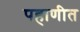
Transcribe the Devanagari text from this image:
पहाणीत